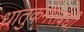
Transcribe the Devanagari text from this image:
धातुकर्मसंबंधी